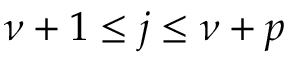
\nu + 1 \leq j \leq \nu + p